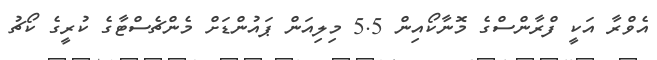
އެވްރާ އަކީ ފްރާންސްގެ މޮނާކޯއިން 5.5 މިލިއަން ޕައުންޑަށް މެންޗެސްޓާގެ ކުރީގެ ކޯޗު